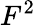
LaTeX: F^{2}